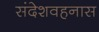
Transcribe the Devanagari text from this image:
संदेशवहनास